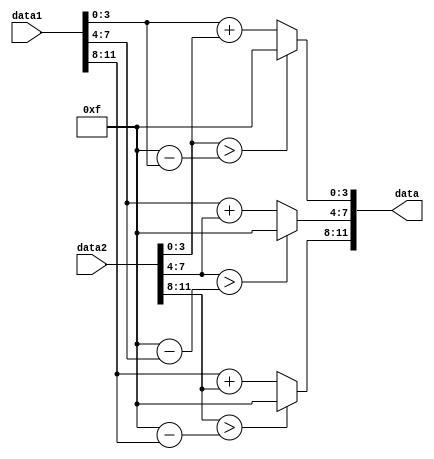
`timescale 1ns / 1ps
//////////////////////////////////////////////////////////////////////////////////
// Company: 
// Engineer: 
// 
// Design Name: 
// Module Name: mixTwoFrame
// Project Name: 
// Target Devices: 
// Tool Versions: 
// Description: 
// 
// Dependencies: 
// 
// Revision:
// Revision 0.01 - File Created
// Additional Comments:
// 
//////////////////////////////////////////////////////////////////////////////////


module mixTwoFrame(
    input [11:0] data1,
    input [11:0] data2,

    output reg [11:0] data
    );

    always @ (*) begin
        if(data2[3:0] > 4'hf - data1[3:0]) begin
            data[3:0] = 4'hf;
        end
        else begin
            data[3:0] = data1[3:0] + data2[3:0];
        end
    end

    always @ (*) begin
        if(data2[7:4] > 4'hf - data1[7:4]) begin
            data[7:4] = 4'hf;
        end
        else begin
            data[7:4] = data1[7:4] + data2[7:4];
        end
    end

    always @ (*) begin
        if(data2[11:8] > 4'hf - data1[11:8]) begin
            data[11:8] = 4'hf;
        end
        else begin
            data[11:8] = data1[11:8] + data2[11:8];
        end
    end
endmodule